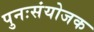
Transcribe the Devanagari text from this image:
पुनःसंयोजक